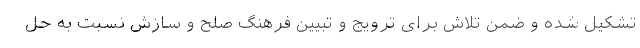
تشکیل شده و ضمن تلاش برای ترویج و تبیین فرهنگ صلح و سازش نسبت به حل